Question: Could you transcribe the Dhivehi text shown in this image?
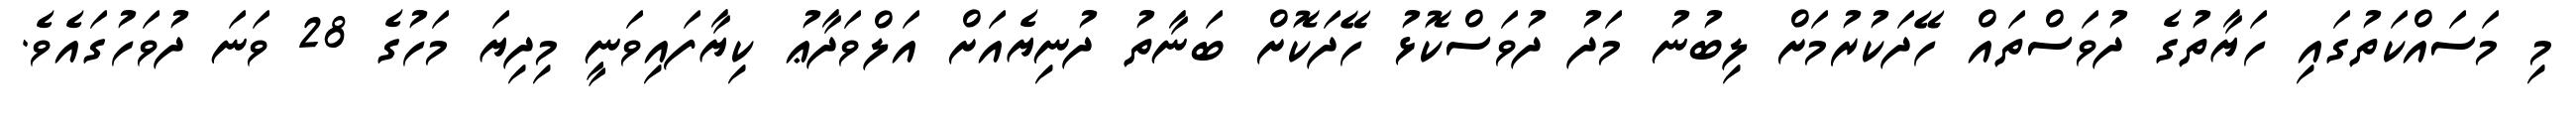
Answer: މި މަސައްކަތުގައި ހަޔާތުގެ ދުވަސްތައް ހޭދަކުރުމަށް ލިބުނު މަދު ދުވަސްކޮޅު ހޭދަކޮށް ބަނާތު ދުނިޔެއަށް އަލްވަދާޢު ކިޔާފައިވަނީ މިދިޔަ މަހުގެ 28 ވަނަ ދުވަހުގައެވެ.